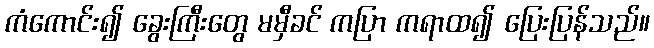
ကံကောင်း၍ ခွေးကြီးတွေ မမှီခင် ကပြာ ကရာထ၍ ပြေးပြန်သည်။